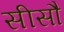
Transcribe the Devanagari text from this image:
सीसौ